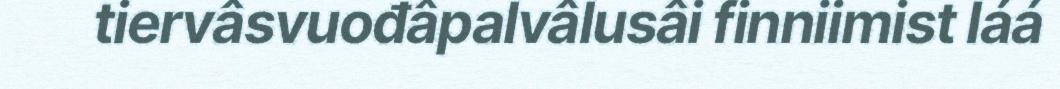
tiervâsvuođâpalvâlusâi finniimist láá